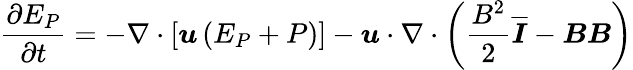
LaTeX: \frac{\partial E_{P}}{\partial t}=-\nabla\cdot\left[\boldsymbol{u}\left(E_{P}+P\right)\right]-\boldsymbol{u}\cdot\nabla\cdot\left(\frac{B^{2}}{2}\overline{{\boldsymbol{I}}}-\boldsymbol{BB}\right)